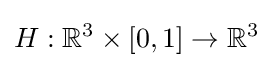
H:\mathbb {R} ^{3}\times [0,1]\rightarrow \mathbb {R} ^{3}